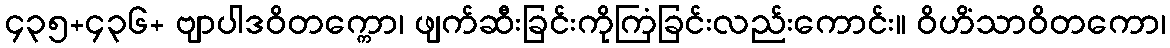
၄၃၅+၄၃၆+ ဗျာပါဒဝိတက္ကော၊ ဖျက်ဆီးခြင်းကိုကြံခြင်းလည်းကောင်း။ ဝိဟိံသာဝိတကော၊